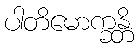
ပါတိမောက္ခန္တိ